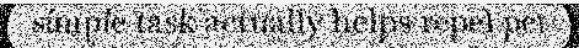
simple task actually helps repel pet